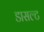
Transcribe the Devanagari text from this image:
डासल्ट